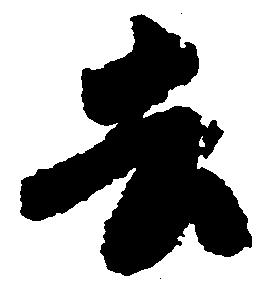
去